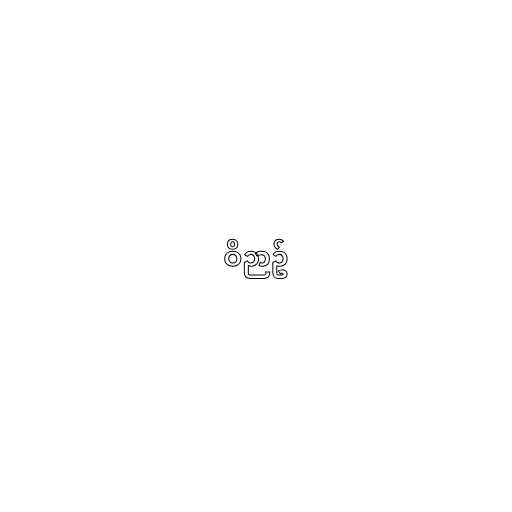
ဝိဉာဥ်